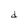
Character: d